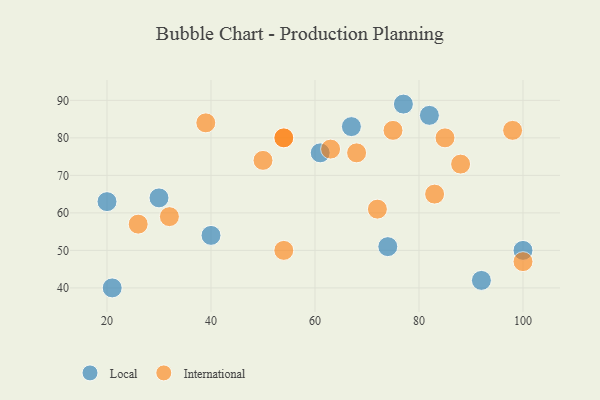
{"axis": {"x": "GDP", "y": "Life Expectancy"}, "legend": ["International", "Local"], "data": [{"x": "21", "y": 40, "type": "Local"}, {"x": "61", "y": 76, "type": "Local"}, {"x": "30", "y": 64, "type": "Local"}, {"x": "20", "y": 63, "type": "Local"}, {"x": "82", "y": 86, "type": "Local"}, {"x": "92", "y": 42, "type": "Local"}, {"x": "77", "y": 89, "type": "Local"}, {"x": "74", "y": 51, "type": "Local"}, {"x": "40", "y": 54, "type": "Local"}, {"x": "100", "y": 50, "type": "Local"}, {"x": "67", "y": 83, "type": "Local"}, {"x": "100", "y": 47, "type": "International"}, {"x": "63", "y": 77, "type": "International"}, {"x": "54", "y": 80, "type": "International"}, {"x": "88", "y": 73, "type": "International"}, {"x": "98", "y": 82, "type": "International"}, {"x": "26", "y": 57, "type": "International"}, {"x": "85", "y": 80, "type": "International"}, {"x": "54", "y": 50, "type": "International"}, {"x": "72", "y": 61, "type": "International"}, {"x": "32", "y": 59, "type": "International"}, {"x": "68", "y": 76, "type": "International"}, {"x": "39", "y": 84, "type": "International"}, {"x": "83", "y": 65, "type": "International"}, {"x": "54", "y": 80, "type": "International"}, {"x": "75", "y": 82, "type": "International"}, {"x": "50", "y": 74, "type": "International"}]}